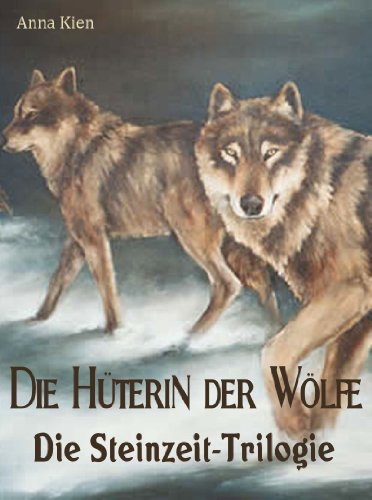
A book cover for Die HÃ¼terin der WÃ¶lfe - Die Steinzeit-Trilogie: Alle drei BÃ¤nde in einem (German Edition); Anna Kien; Teen & Young Adult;